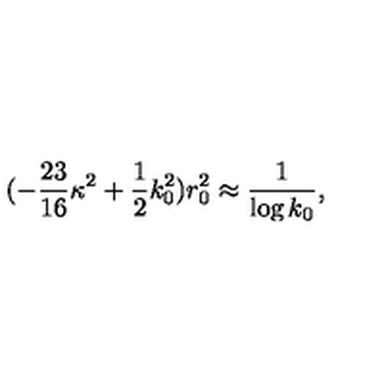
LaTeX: ( - \frac { 2 3 } { 1 6 } \kappa ^ { 2 } + \frac 1 2 k _ { 0 } ^ { 2 } ) r _ { 0 } ^ { 2 } \approx \frac { 1 } { \log k _ { 0 } } ,